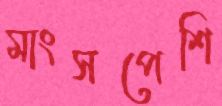
মাংসপেশি